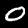
Label: 0